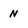
Character: N